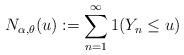
LaTeX: \begin{align*}N_{\alpha,\theta}(u):= \sum_{n=1}^\infty 1(Y_n \le u )\end{align*}